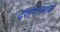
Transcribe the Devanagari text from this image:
दर्शनात्मक